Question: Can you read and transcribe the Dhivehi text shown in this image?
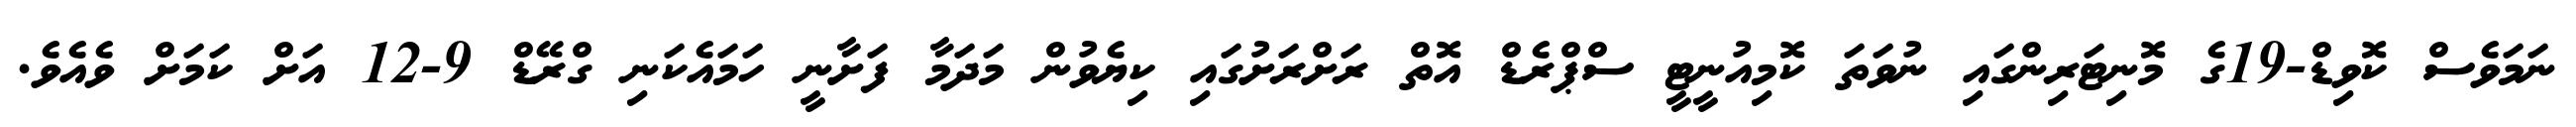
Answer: ނަމަވެސް ކޮވިޑް-19ގެ މޮނިޓަރިންގައި ނުވަތަ ކޮމިއުނީޓީ ސްޕްރެޑް އޮތް ރަށްރަށުގައި ކިޔެވުން މަދަމާ ފަށާނީ ހަމައެކަނި ގްރޭޑް 9-12 އަށް ކަމަށް ވެއެވެ.